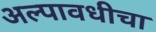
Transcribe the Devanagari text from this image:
अल्पावधीचा